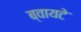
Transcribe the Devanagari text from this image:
ब्वायटे